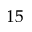
1 5